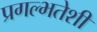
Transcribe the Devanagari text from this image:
प्रगल्भतेशी